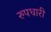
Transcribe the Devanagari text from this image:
रुपधारी